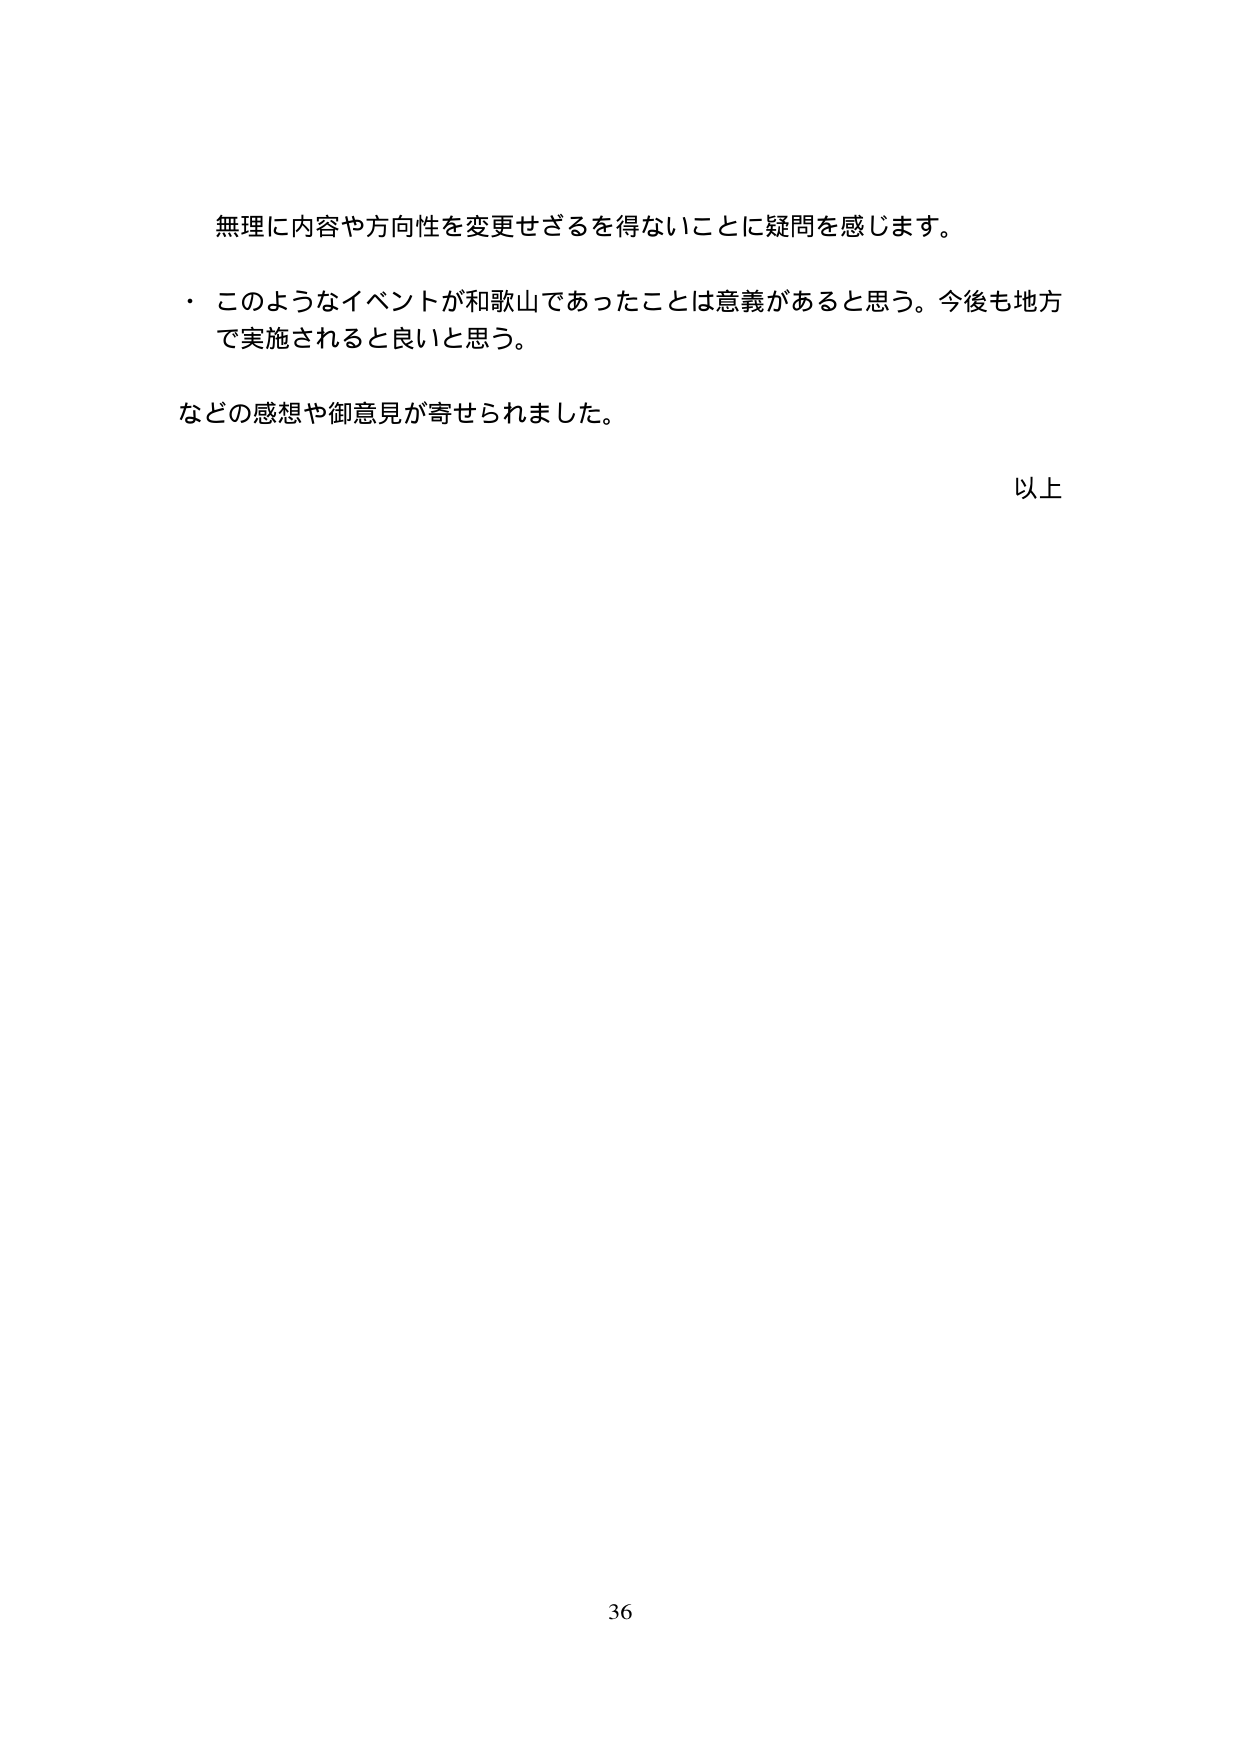
無理に内容や方向性を変更せざるを得ないことに疑問を感じます。

・このようなイベントが和歌山であったことは意義があると思う。今後も地方で実施されると良いと思う。

などの感想や御意見が寄せられました。

以上

36